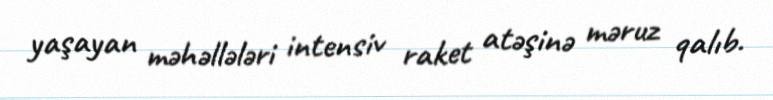
yaşayan məhəllələri intensiv raket atəşinə məruz qalıb.